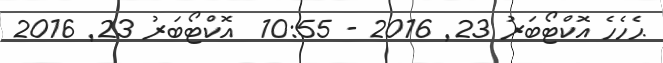
ޙެހެހެ އޮކްޓޯބަރު 23